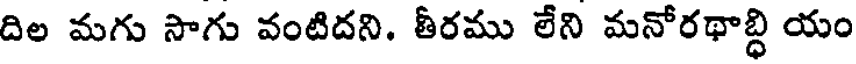
దిల మగు సాగు వంటిదని. తీరము లేని మనోరథాబ్ధి యం